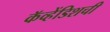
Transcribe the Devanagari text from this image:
कॅव्हेंडिशची